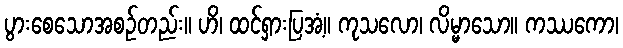
ပွားစေသောအစဉ်တည်း။ ဟိ၊ ထင်ရှားပြအံ့။ ကုသလော၊ လိမ္မာသော။ ကဿကော၊